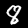
Digit: 8